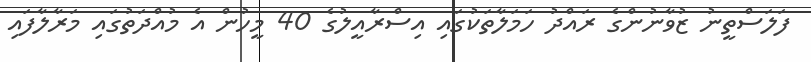
ފަލަސްތީނު ޒުވާނުންގެ ރައްދު ހަމަލާތަކުގައި އިސްރާއީލުގެ 40 މީހުން އެ މުއްދަތުގައި މަރާލާފައި